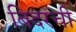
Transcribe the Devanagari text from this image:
बिदरची